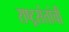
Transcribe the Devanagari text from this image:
राष्ट्रसंतांची